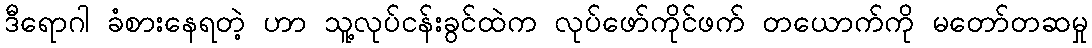
ဒီရောဂါ ခံစားနေရတဲ့ ဟာ သူ့လုပ်ငန်းခွင်ထဲက လုပ်ဖော်ကိုင်ဖက် တယောက်ကို မတော်တဆမှု